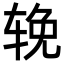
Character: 𬨈